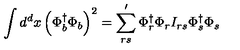
\int d ^ { d } x \left( \Phi _ { b } ^ { \dagger } \Phi _ { b } \right) ^ { 2 } = \sum _ { r s } ^ { \prime } \Phi _ { r } ^ { \dagger } \Phi _ { r } I _ { r s } \Phi _ { s } ^ { \dagger } \Phi _ { s }